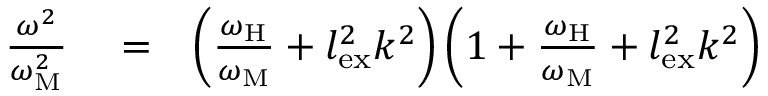
\begin{array} { r l r } { \frac { \omega ^ { 2 } } { \omega _ { \mathrm { M } } ^ { 2 } } } & { { } = } & { \left( \frac { \omega _ { \mathrm { H } } } { \omega _ { \mathrm { M } } } + l _ { \mathrm { e x } } ^ { 2 } k ^ { 2 } \right) \left( 1 + \frac { \omega _ { \mathrm { H } } } { \omega _ { \mathrm { M } } } + l _ { \mathrm { e x } } ^ { 2 } k ^ { 2 } \right) } \end{array}